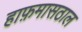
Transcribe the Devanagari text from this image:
हाफ़मासठाल